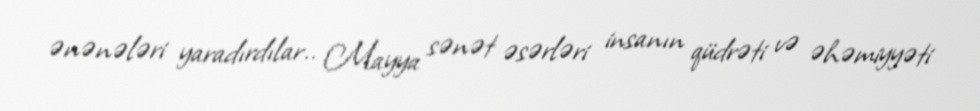
ənənələri yaradırdılar.. Mayya sənət əsərləri insanın qüdrəti və əhəmiyyəti